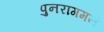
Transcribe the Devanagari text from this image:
पुनरागमनं